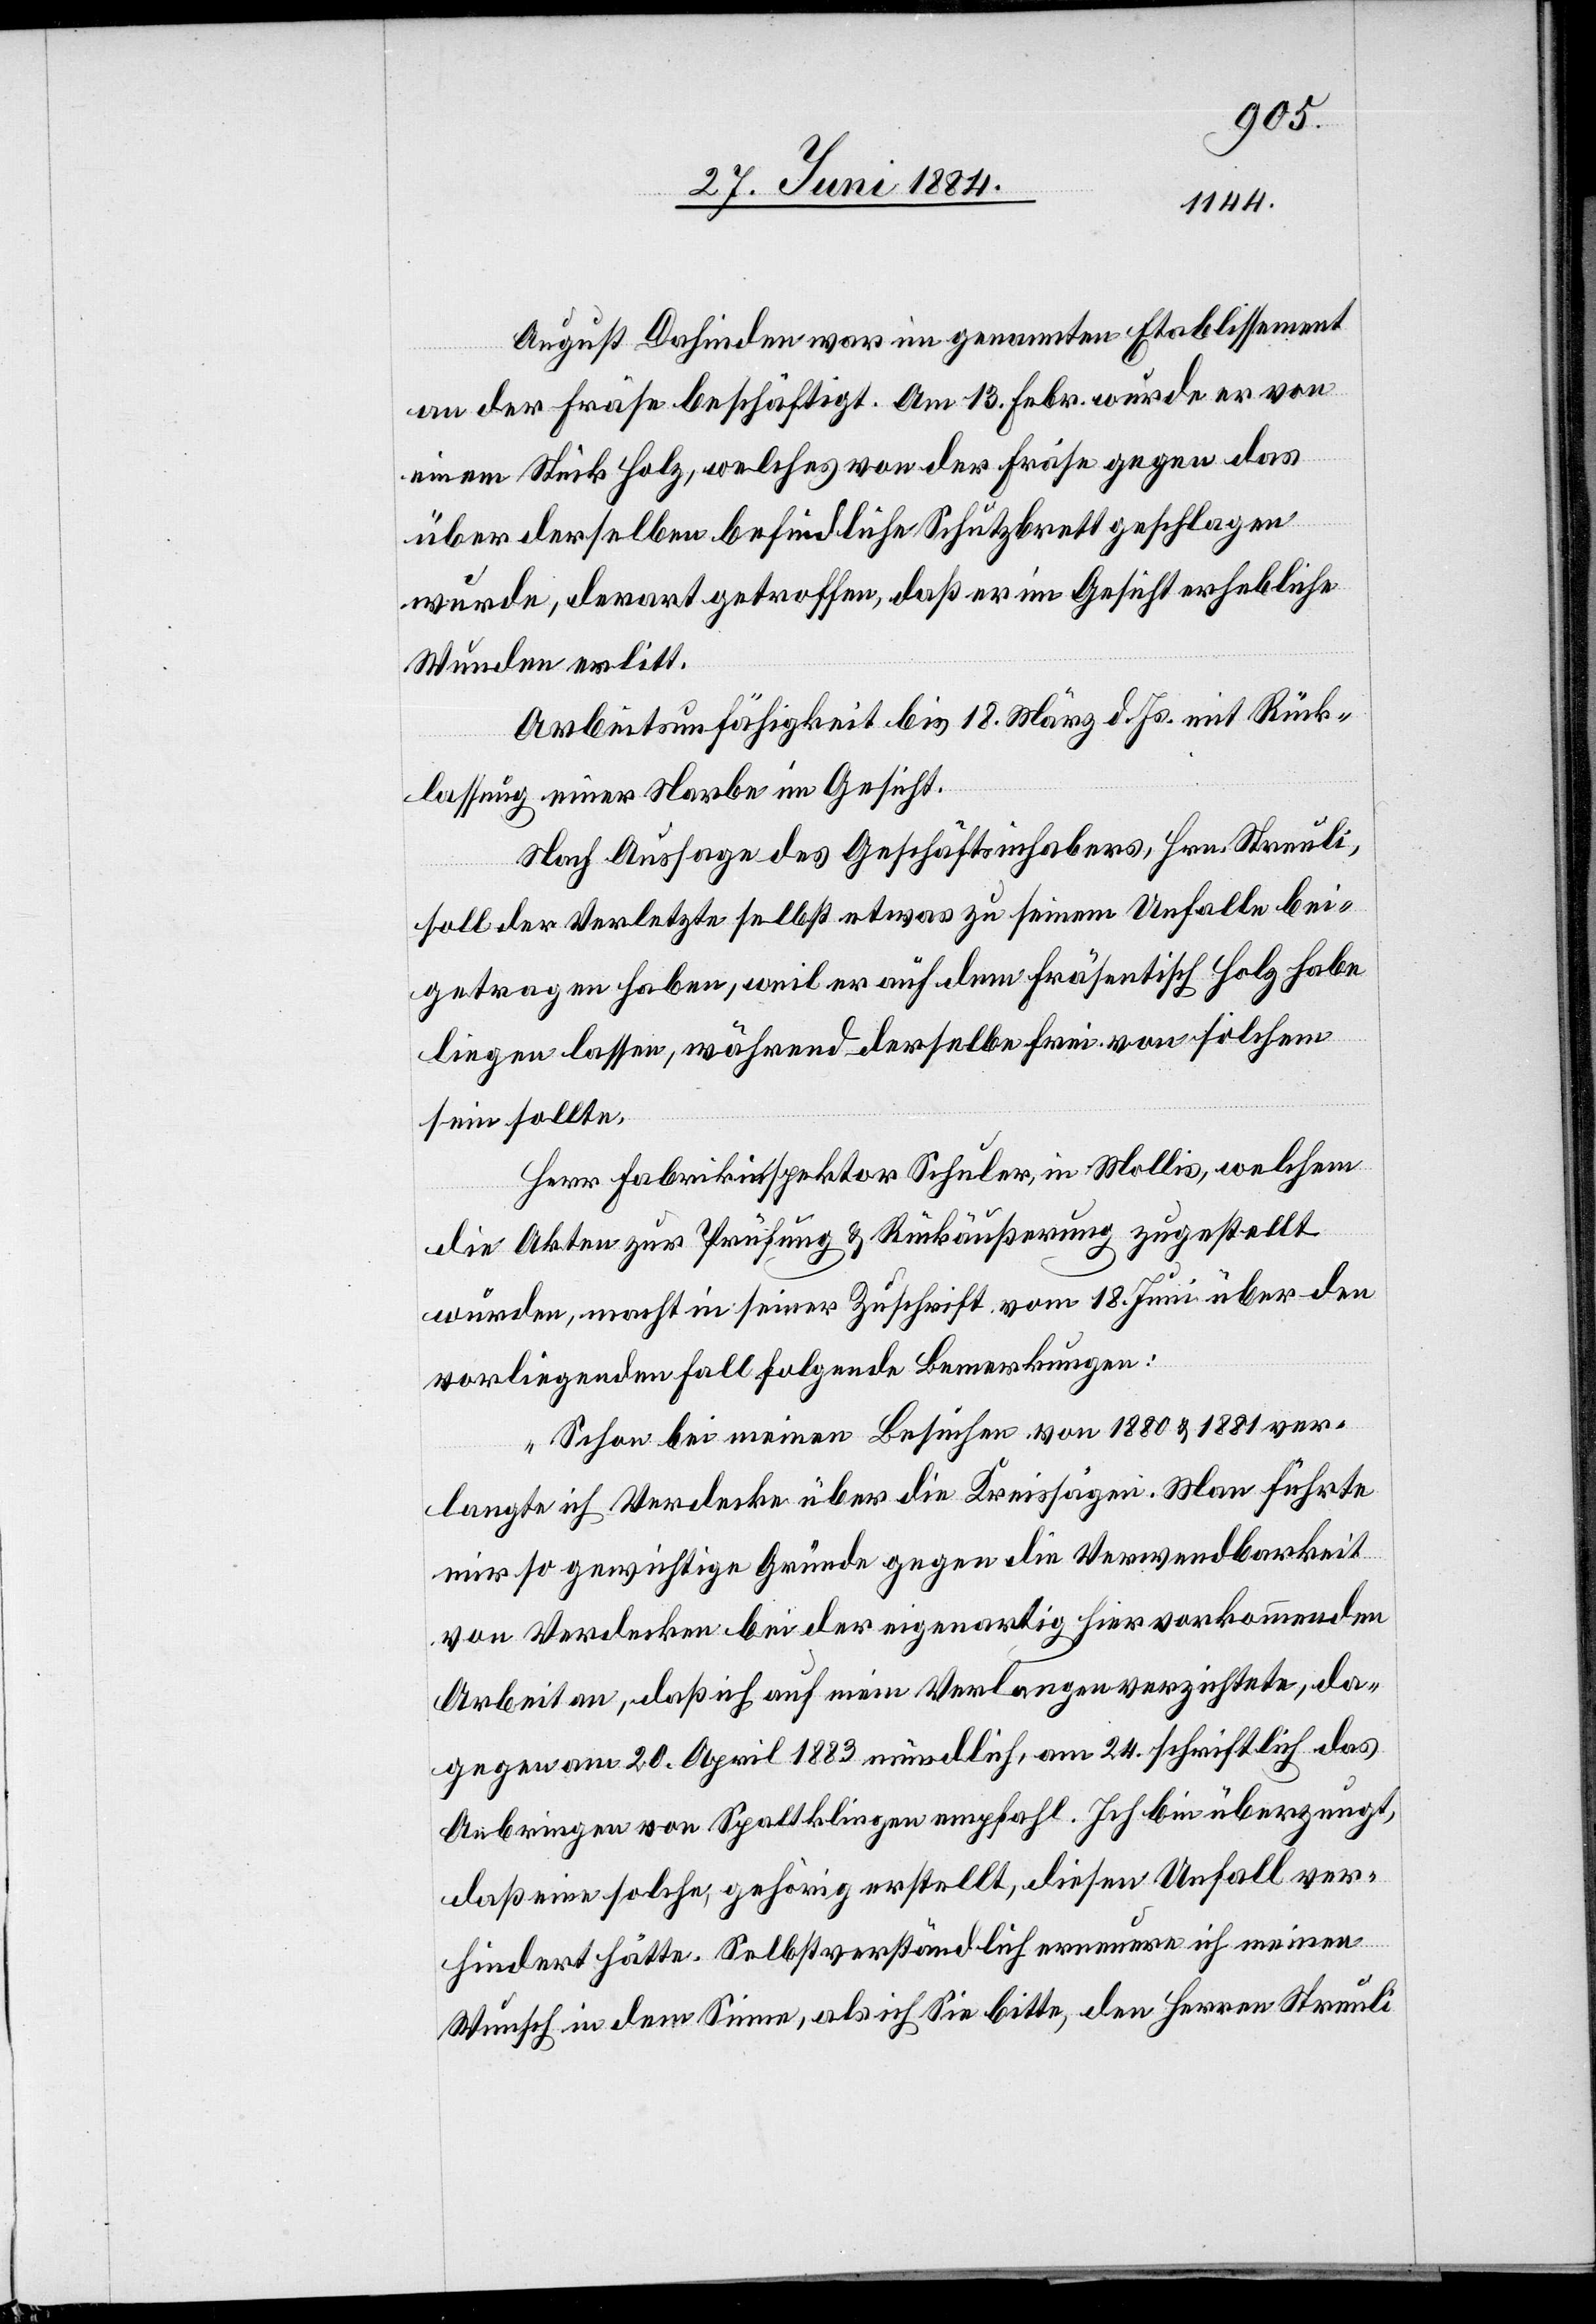
August Dahinden war im genannten Etablissement
an der Fräse beschäftigt. Am 13. Febr. wurde er von
einem Stück Holz, welches von der Fräse gegen das
über derselben befindliche Schutzbrett geschlagen
wurde, derart getroffen, daß er im Gesicht erhebliche
Wunden erlitt.
Arbeitsunfähigkeit bis 18. März d. Js. mit Rück¬
lassung einer Narbe im Gesicht.
Nach Aussage des Geschäftsinhabers, Hrn. Streuli
soll der Verletzte selbst etwas zu seinem Unfalle bei¬
getragen haben, weil er auf dem Fräsentisch Holz habe
liegen lassen, während derselbe frei von solchen
sein sollte.
Herr Fabrikinspektor Schuler, in Mollis, welchem
die Akten zur Prüfung & Rückäußerung zugestellt
wurden, macht in seiner Zuschrift vom 18. Juni über den
vorliegenden Fall folgende Bemerkungen:
„Schon bei meinen Besuchen von 1880 & 1881 ver¬
langte ich Verdecke über die Kreissägen. Man führte
mir so gewichtige Gründe gegen die Verwendbarkeit
von Verdecken bei der eigenartig hier vorkommenden
Arbeiten, daß ich auf mein Verlangen verzichtete, da¬
gegen am 20. April 1883 mündlich, am 24. schriftlich das
Anbringen von Spaltklingen empfahl. Ich bin überzeugt,
daß eine solche, gehörig erstellt, diesen Unfall ver¬
hindert hätte. Selbstverständlich erneuere ich meinen
Wunsch in dem Sinne, als ich Sie bitte, den Herren Streuli